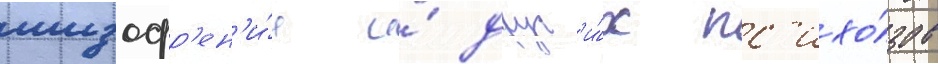
шизофр'ен'и́и и́ друг'и́х пс'ихо́зов